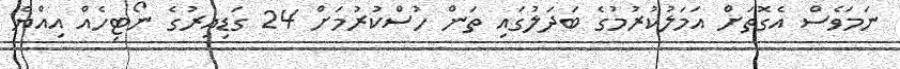
ނަމަވެސް އެގޮތަށް އަމަލުކުރުމުގެ ބަދަލުގައި ތަން ހުސްކުރުމަށް 24 ގަޑިއިރުގެ ނޯޓިހެއް އިއްޔެ